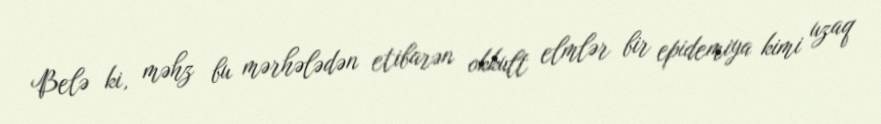
Belə ki, məhz bu mərhələdən etibarən okkult elmlər bir epidemiya kimi uzaq